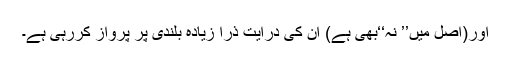
اور(اصل میں’’ نہ‘‘بھی ہے) ان کی درایت ذرا زیادہ بلندی پر پرواز کررہی ہے۔